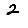
Digit: 2